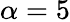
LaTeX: \alpha=5